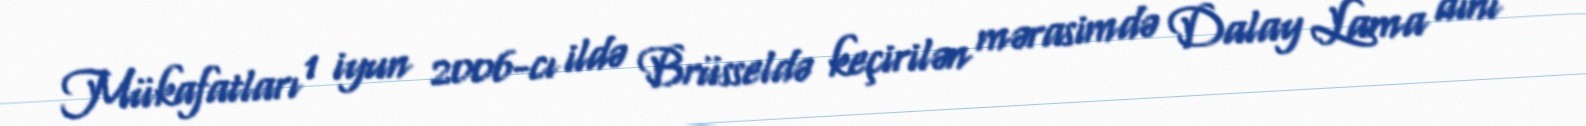
Mükafatları 1 iyun 2006-cı ildə Brüsseldə keçirilən mərasimdə Dalay Lama dini